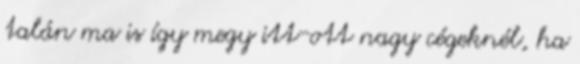
talán ma is így megy itt-ott nagy cégeknél, ha